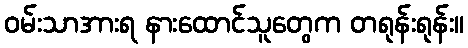
ဝမ်းသာအားရ နားထောင်သူတွေက တရုန်းရုန်း။